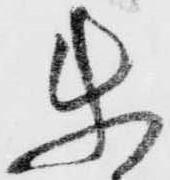
使